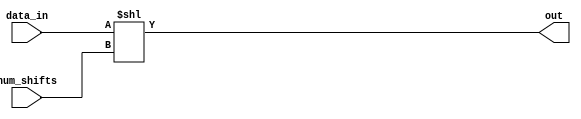
module shiftleft32(
	input wire [31:0] data_in,
	input wire [31:0] num_shifts,
	output wire [31:0] out
);
	assign out[31:0] = data_in<<num_shifts;
endmodule